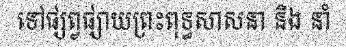
ទៅផ្សព្វផ្សាយព្រះពុទ្ធសាសនា និង នាំ